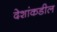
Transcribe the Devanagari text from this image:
देशांकडील